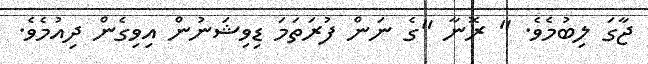
ޖާގަ ލިބުމެވެ. " ރޮނާ "ގެ ނަން ފުރަތަމަ ޑިވިޝަނުން އިވިގެން ދިއުމެވެ.